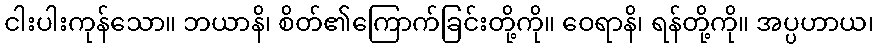
ငါးပါးကုန်သော။ ဘယာနိ၊ စိတ်၏ကြောက်ခြင်းတို့ကို။ ဝေရာနိ၊ ရန်တို့ကို။ အပ္ပဟာယ၊